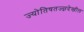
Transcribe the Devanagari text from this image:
ज्योतिषतज्ज्ञदेखील